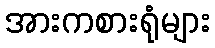
အားကစားရုံများ